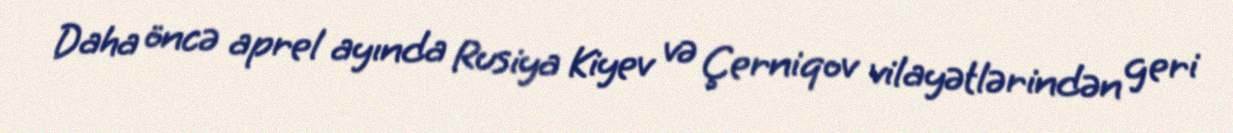
Daha öncə aprel ayında Rusiya Kiyev və Çerniqov vilayətlərindən geri